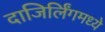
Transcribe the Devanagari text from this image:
दाजिर्लिंगमध्ये